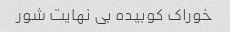
خوراک کوبیده بی نهایت شور